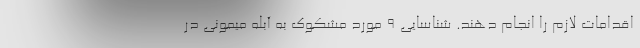
اقدامات لازم را انجام دهند. شناسایی ۹ مورد مشکوک به آبله میمونی در